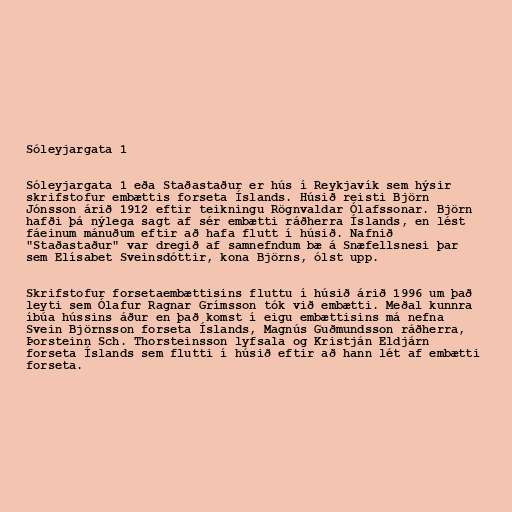
Sóleyjargata 1

Sóleyjargata 1 eða Staðastaður er hús í Reykjavík sem hýsir
skrifstofur embættis forseta Íslands. Húsið reisti Björn
Jónsson árið 1912 eftir teikningu Rögnvaldar Ólafssonar. Björn
hafði þá nýlega sagt af sér embætti ráðherra Íslands, en lést
fáeinum mánuðum eftir að hafa flutt í húsið. Nafnið
"Staðastaður" var dregið af samnefndum bæ á Snæfellsnesi þar
sem Elísabet Sveinsdóttir, kona Björns, ólst upp.

Skrifstofur forsetaembættisins fluttu í húsið árið 1996 um það
leyti sem Ólafur Ragnar Grímsson tók við embætti. Meðal kunnra
íbúa hússins áður en það komst í eigu embættisins má nefna
Svein Björnsson forseta Íslands, Magnús Guðmundsson ráðherra,
Þorsteinn Sch. Thorsteinsson lyfsala og Kristján Eldjárn
forseta Íslands sem flutti í húsið eftir að hann lét af embætti
forseta.